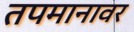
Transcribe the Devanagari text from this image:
तपमानावर